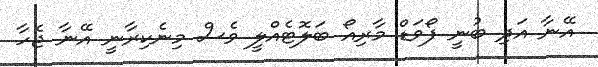
އޭނާ އަދި ބުނީ ފޯވަޑް މާރިއޯ ބަލޮޓެއްލީ ވެސް މިނެކިރާނީ އޭނާ ޖެހާ